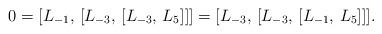
LaTeX: \begin{align*}0 = [L_{-1}, \, [L_{-3}, \, [L_{-3}, \, L_5]]]= [L_{-3}, \, [L_{-3}, \, [L_{-1}, \, L_5]]].\end{align*}